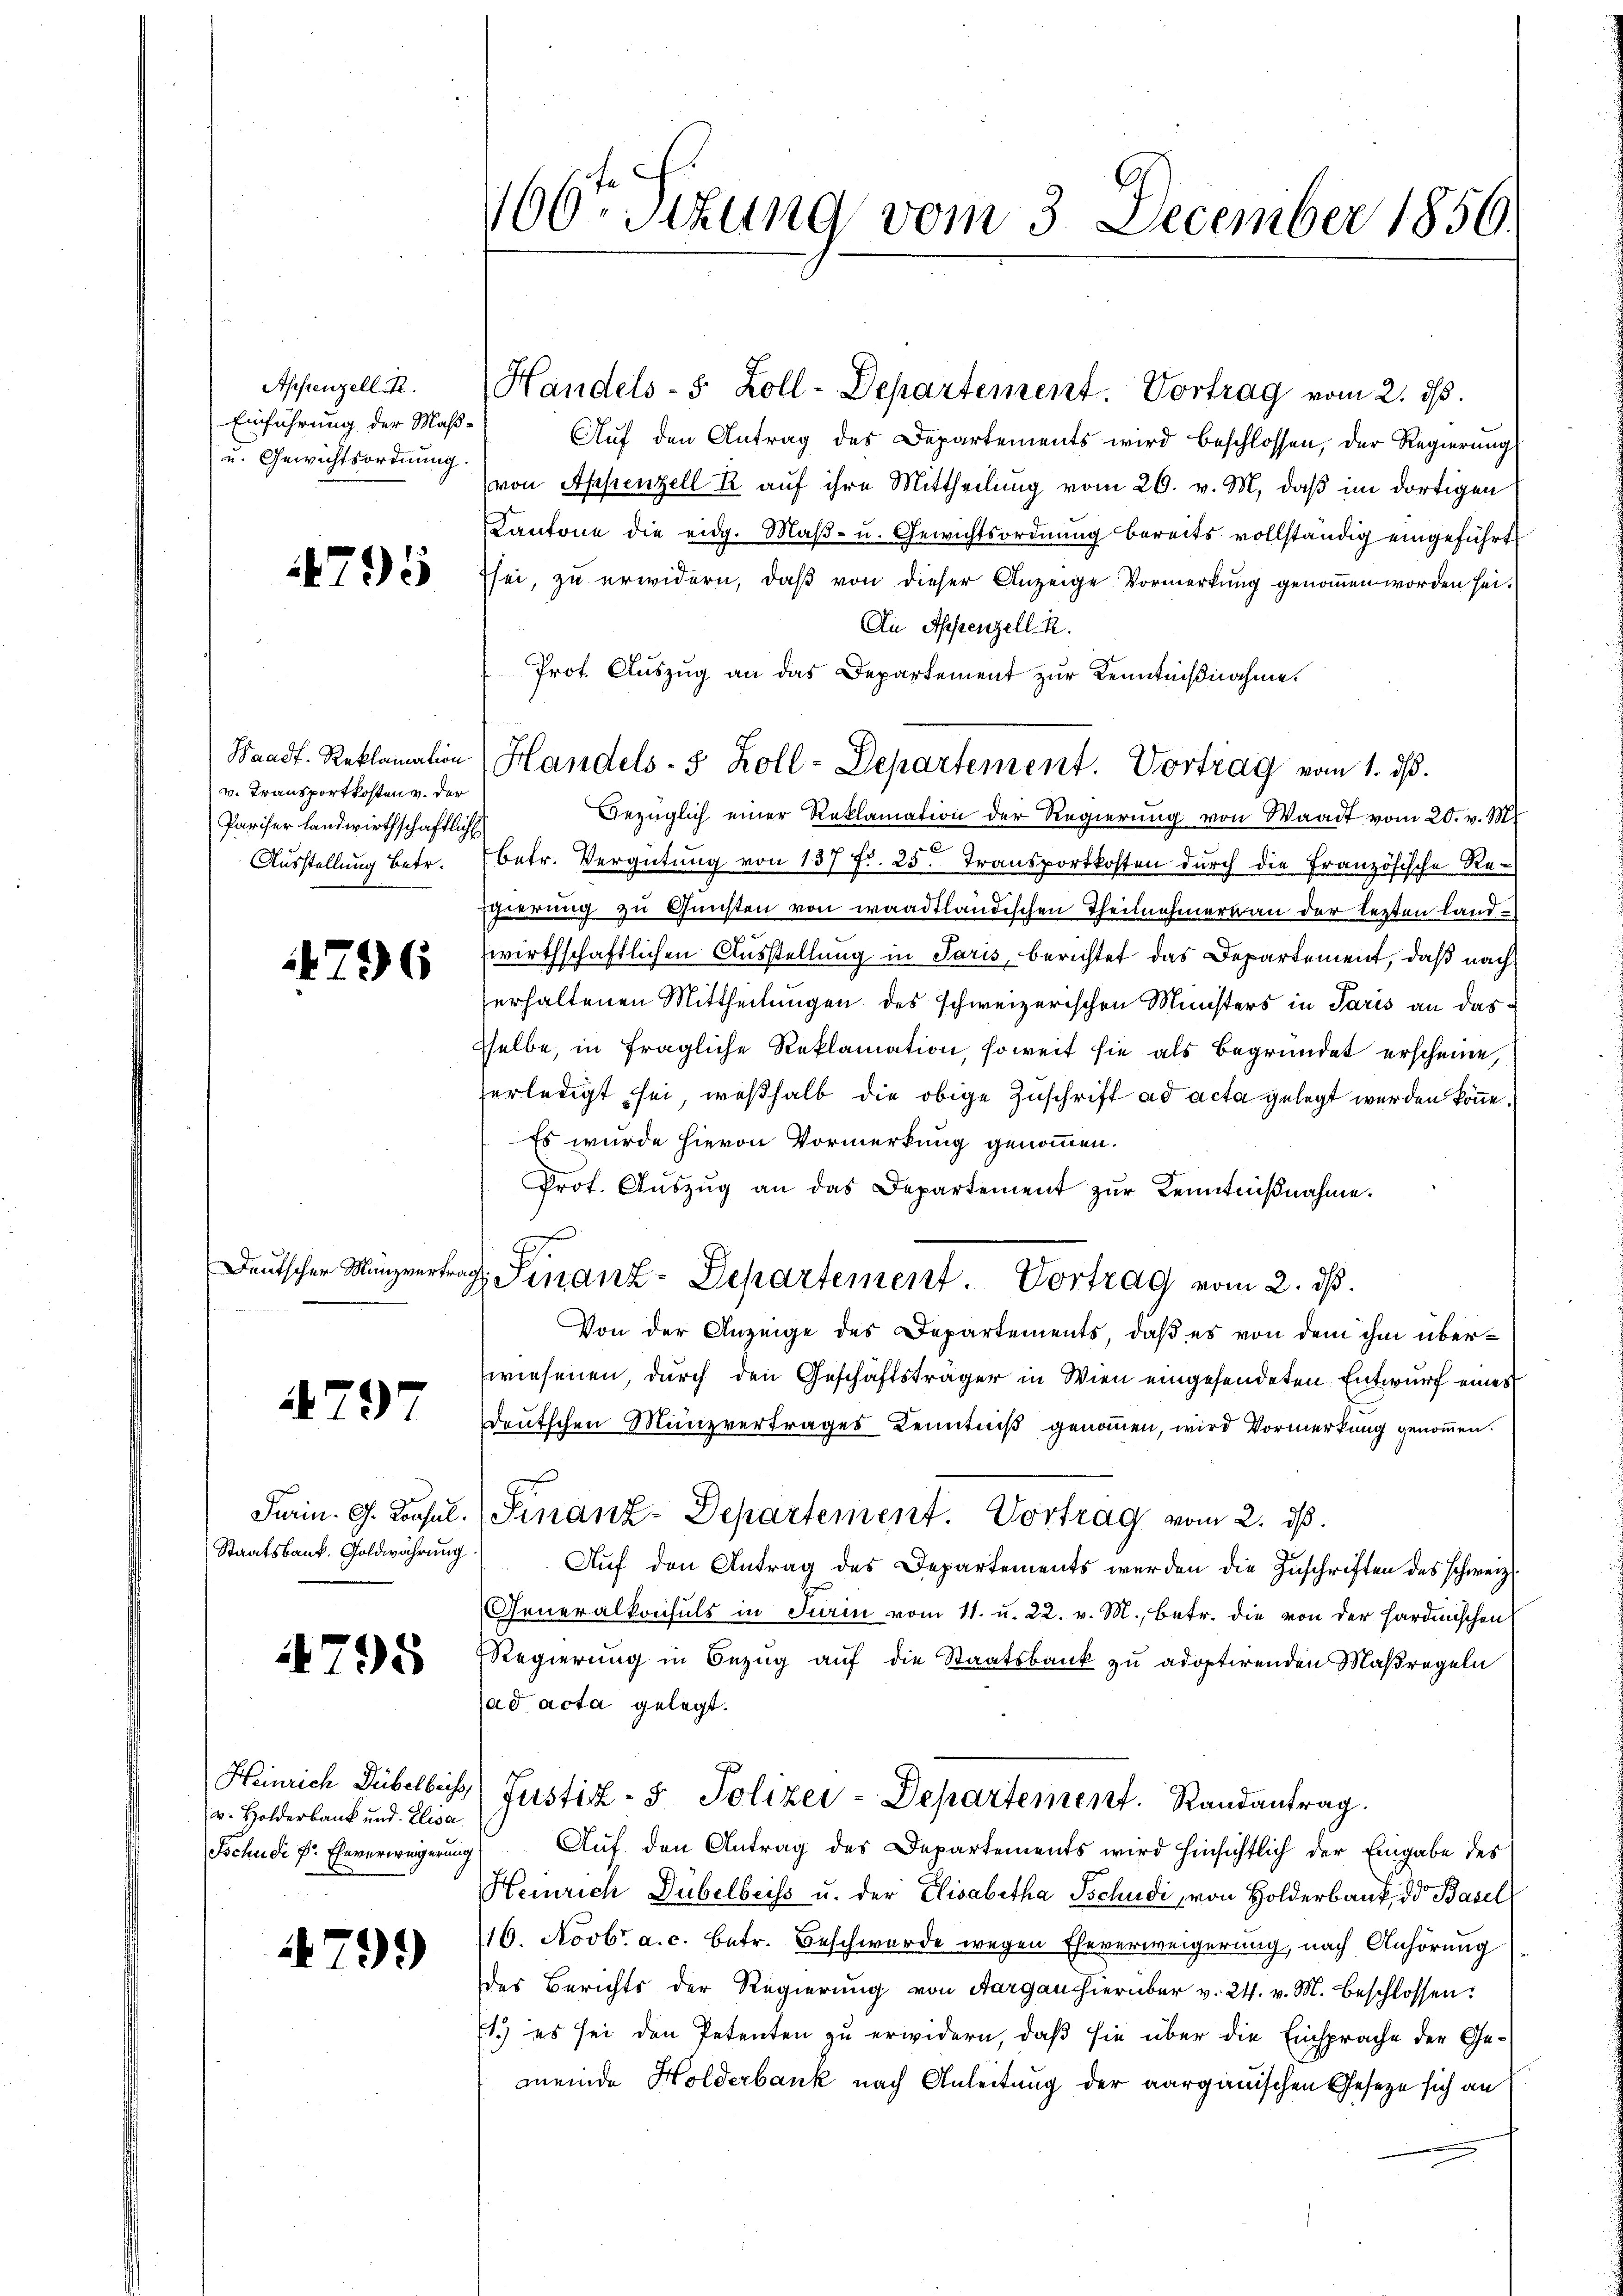
Appenzell A.
Einführung der Maß¬
u. Gewichtsordnung.

4795

v. Transportkosten v. der
Pariser landwirthschaftliche
Ausstellung betr.

4796

Deutscher Manzvertra

4797

Turin. G. Konsul
Staatsbank. Goldwährung

795

Heinrich Dübel beis
v. Holderbank und Elisa
Tschudi v. Eheverweigerung

79.)

160. Sitzung vom 3. December 1856.

Aŭf den Antrag des Departements wird beschlossen, der Regierung
von Appenzell R. auf ihre Mittheilung vom 26. v. M. daß im dortigen
Kantone die eidg. Maβ- u. Gewichtsordnung bereits vollständig eingeführt
sei, zu erwidern, daß von dieser Anzeige Vormerkung genommen worden sei.
An Appenzell A.
Prot. Auszug an das Departement zur Kenntnißnahme.
Bezüglich einer Reklamation der Regierung von Waadt vom 20. v. M.
betr. Vergütung von 157 Fr. 25. Transportkosten durch die Französische Regierung zu Gunsten von waadtländischen Theilnehmertan der lezten Landzwirthschaftlichen Ausstellung in Paris, berichtet das Departement, daß nach
erhaltenen Mittheilungen des schweizerischen Ministers in Paris an das
sselbe, in fragliche Reklamation, soweit sie als begründet erscheine,
erledigt sei, weßhalb die obige Zuschrift ad acta gelegt werden könne.
Es wurde hievon Vormerkung genommen.
Prot. Aŭszŭg an das Departement zŭr Kenntniβnahme.
.
Finanz-Departement. Vortrag vom 2. ds.
Von der Anzeige des Departements, daß es von dem ihm überwiesenen, durch den Geschäftsträger in Wien eingesendeten Entwurf eines
deutschen Münzvertrages Kenntniß genommen, wird Vormerkung genommen.
Finanz-Departement. Vortrag vom 2. ds.
Auf den Antrag des Departements werden die Zuschriften des schweiz.
Generalkonsuls in Firin vom 11. u. 22. v. M., betr. die von der Hardmischen
Regierung in Bezug auf die Staatsbank zu adoptirenden Maßregeln
(ad acta gelegt.
Justiz- & Polizei-Departement. Randantrag.
Auf den Antrag des Departements wird hinsichtlich der Eingabe des
Heinrich Dübelbeiss u. der Elisabetha Tschudi, von Holderbank, der Basel
16. Novbr. a. c. betr. Beschwurde wegen Eheverweigerung, nach Anhörung
des Berichts der Regierung von Aargau hierüber v. 24. v. M. beschlossen:
1.) es sei den Petenten zu erwidern, daß sie über die Einsprache der Gemeinde Holderbank nach Anleitung der aargauischen Gesetze sich an

Waadt. Reklamation Handels- 8 Zoll-Departement. Vortrag vom 1. dβ.

Handels- 5 Zoll-Departemeist. Vortrag vom 2. ds.